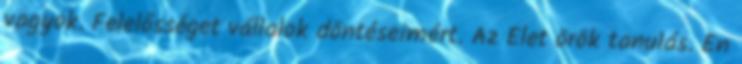
vagyok. Felelősséget vállalok döntéseimért. Az Élet örök tanulás. Én